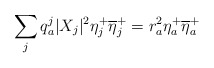
\begin{align*}\sum_{j}q^j_a |X_{j}|^2\eta^+_j\overline{\eta}^+_j=r^2_a\eta_a^+\overline{\eta}^+_a\end{align*}